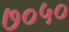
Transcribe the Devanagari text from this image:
७०५०